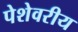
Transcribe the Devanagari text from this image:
पेशेवरीय